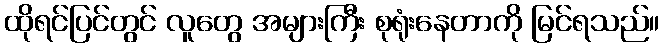
ထိုရင်ပြင်တွင် လူတွေ အများကြီး စုရုံးနေတာကို မြင်ရသည်။